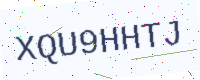
Text: XQU9HHTJ